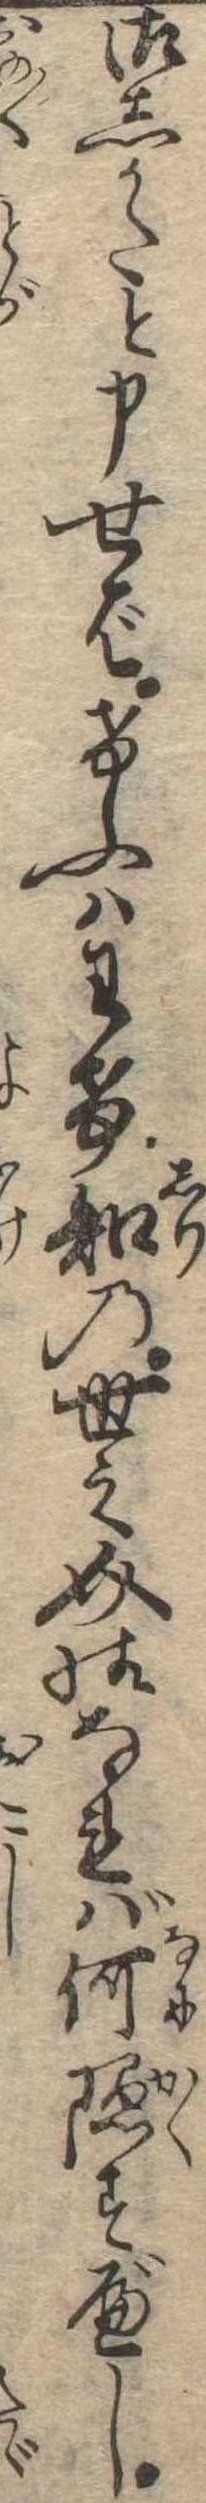
御しかたと申せばけふはわけ知の世之介様なれば何隠すべし